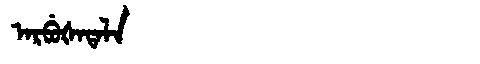
Manchu: ᠠᡵᠪᡠᡧᠠᡨᠠᠯᠠ
Romanization: ARBUŠATALA